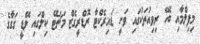
މިފިލްމާއި ބެހޭ ރިވިއުތަކުގައި ވަނީ ޑައިރެކްޓާ ރޮޑްރީގެޒް މަޗަޓޭ ކިލްގައި ލޭޑީ ގަގާގެ